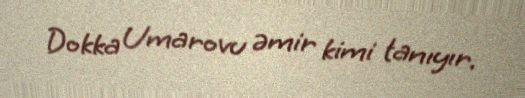
Dokka Umarovu əmir kimi tanıyır.